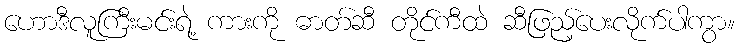
ဟောဒီလူကြီးမင်းရဲ့ ကားကို ဓာတ်ဆီ တိုင်ကီထဲ ဆီဖြည့်ပေးလိုက်ပါကွာ။